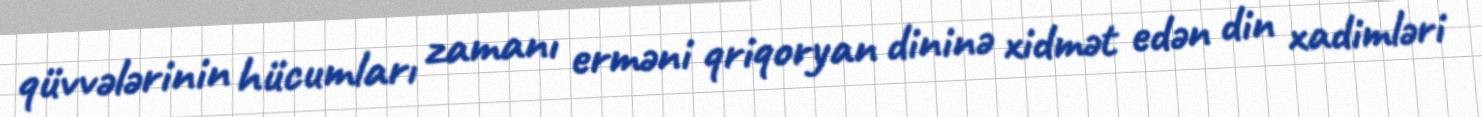
qüvvələrinin hücumları zamanı erməni qriqoryan dininə xidmət edən din xadimləri